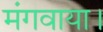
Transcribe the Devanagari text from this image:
मंगवाया।